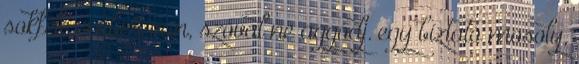
sokféle ember van, szóval ne aggódj. egy bíztató mosoly,